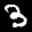
Label: 3